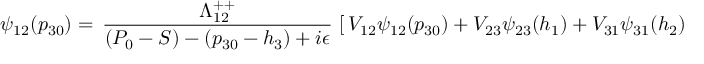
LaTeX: \psi _ { 1 2 } ( p _ { 3 0 } ) = \, { \frac { \Lambda _ { 1 2 } ^ { + + } } { ( P _ { 0 } - S ) - ( p _ { 3 0 } - h _ { 3 } ) + i \epsilon } } \, \left[ \, V _ { 1 2 } \psi _ { 1 2 } ( p _ { 3 0 } ) + V _ { 2 3 } \psi _ { 2 3 } ( h _ { 1 } ) + V _ { 3 1 } \psi _ { 3 1 } ( h _ { 2 } ) \, \right]